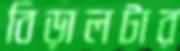
বিড়ালটার